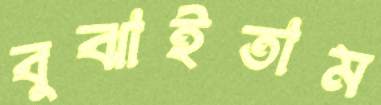
বুঝাইতাম